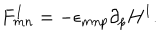
F _ { m n } ^ { I } = - \epsilon _ { m n p } \partial _ { p } H ^ { I } .